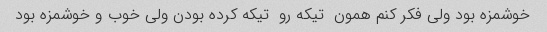
خوشمزه بود ولی فکر کنم همون  تیکه رو  تیکه کرده بودن ولی خوب و خوشمزه بود